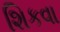
શિકવા